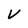
Character: V